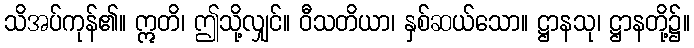
သိအပ်ကုန်၏။ ဣတိ၊ ဤသို့လျှင်။ ဝီသတိယာ၊ နှစ်ဆယ်သော။ ဋ္ဌာနသု၊ ဋ္ဌာနတို့၌။